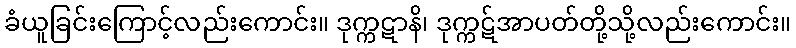
ခံယူခြင်းကြောင့်လည်းကောင်း။ ဒုက္ကဋာနိ၊ ဒုက္ကဋ်အာပတ်တို့သို့လည်းကောင်း။